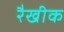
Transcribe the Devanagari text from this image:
रैखीक